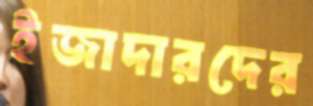
ইজাদারদের